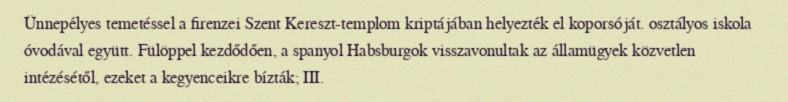
Ünnepélyes temetéssel a firenzei Szent Kereszt-templom kriptájában helyezték el koporsóját. osztályos iskola óvodával együtt. Fülöppel kezdődően, a spanyol Habsburgok visszavonultak az államügyek közvetlen intézésétől, ezeket a kegyenceikre bízták; III.